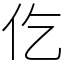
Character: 仡